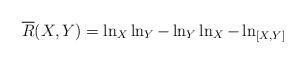
LaTeX: \begin{align*} \overline{R} (X,Y)= \ln_X \ln_Y - \ln_Y \ln_X -\ln_{[X,Y]}\end{align*}